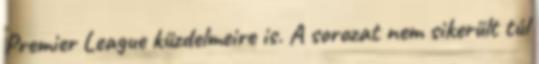
Premier League küzdelmeire is. A sorozat nem sikerült túl